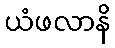
ယံဖလာနိ